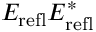
E _ { \mathrm { r e f l } } E _ { \mathrm { r e f l } } ^ { * }